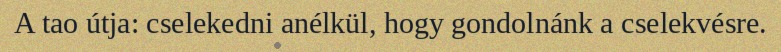
A tao útja: cselekedni anélkül, hogy gondolnánk a cselekvésre.